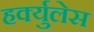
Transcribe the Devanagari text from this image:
हर्क्युलेस